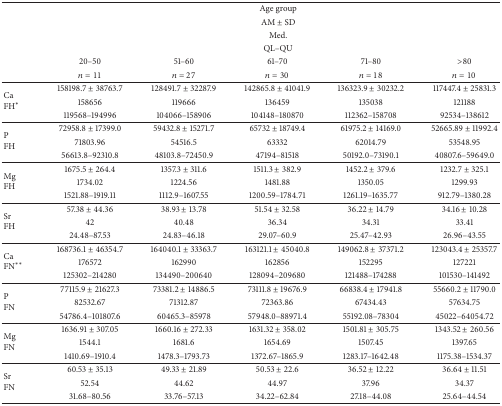
<table><thead><tr><td><b> </b></td><td colspan="5"><b>Age group</b></td></tr><tr><td><b> </b></td><td colspan="5"><b>AM ± SD</b></td></tr><tr><td><b> </b></td><td colspan="5"><b>Med. </b></td></tr><tr><td><b> </b></td><td colspan="5"><b>QL–QU</b></td></tr><tr><td><b> </b></td><td><b>20–50</b></td><td><b>51–60</b></td><td><b>61–70</b></td><td><b>71–80</b></td><td><b>&gt;80</b></td></tr><tr><td><b> </b></td><td><b><i>n</i> = 11</b></td><td><b><i>n</i> = 27</b></td><td><b><i>n</i> = 30</b></td><td><b><i>n</i> = 18</b></td><td><b><i>n</i> = 10</b></td></tr></thead><tbody><tr><td rowspan="3">CaFH<sup><i>∗</i></sup></td><td>158198.7 ± 38763.7</td><td>128491.7 ± 32287.9</td><td>142865.8 ± 41041.9</td><td>136323.9 ± 30232.2</td><td>117447.4 ± 25831.3</td></tr><tr><td>158656 </td><td>119666 </td><td>136459 </td><td>135038 </td><td>121188 </td></tr><tr><td>119568–194996</td><td>104066–158906</td><td>104148–180870</td><td>112362–158708</td><td>92534–138612</td></tr><tr><td rowspan="3">P FH</td><td>72958.8 ± 17399.0</td><td>59432.8 ± 15271.7</td><td>65732 ± 18749.4</td><td>61975.2 ± 14169.0</td><td>52665.89 ± 11992.4</td></tr><tr><td>71803.96 </td><td>54516.5 </td><td>63332 </td><td>62014.79 </td><td>53548.95 </td></tr><tr><td>56613.8–92310.8</td><td>48103.8–72450.9</td><td>47194–81518</td><td>50192.0–73190.1</td><td>40807.6–59649.0</td></tr><tr><td rowspan="3">Mg FH</td><td>1675.5 ± 264.4</td><td>1357.3 ± 311.6</td><td>1511.3 ± 382.9</td><td>1452.2 ± 379.6</td><td>1232.7 ± 325.1</td></tr><tr><td>1734.02 </td><td>1224.56 </td><td>1481.88 </td><td>1350.05 </td><td>1299.93 </td></tr><tr><td>1521.88–1919.11</td><td>1112.9–1607.55</td><td>1200.59–1784.71</td><td>1261.19–1635.77</td><td>912.79–1380.28</td></tr><tr><td rowspan="3">Sr FH</td><td>57.38 ± 44.36</td><td>38.93 ± 13.78</td><td>51.54 ± 32.58</td><td>36.22 ± 14.79</td><td>34.16 ± 10.28</td></tr><tr><td>42 </td><td>40.48 </td><td>36.34 </td><td>34.31 </td><td>33.41 </td></tr><tr><td>24.48–87.53</td><td>24.83–46.18</td><td>29.07–60.9</td><td>25.47–42.93</td><td>26.96–43.55</td></tr><tr><td rowspan="3">Ca FN<sup><i>∗∗</i></sup></td><td>168736.1 ± 46354.7</td><td>164040.1 ± 33363.7</td><td>163121.1 ± 45040.8</td><td>149062.8 ± 37371.2</td><td>123043.4 ± 25357.7</td></tr><tr><td>176572 </td><td>162990 </td><td>162856 </td><td>152295 </td><td>127221 </td></tr><tr><td>125302–214280</td><td>134490–200640</td><td>128094–209680</td><td>121488–174288</td><td>101530–141492</td></tr><tr><td rowspan="3">P FN</td><td>77115.9 ± 21627.3</td><td>73381.2 ± 14886.5</td><td>73111.8 ± 19676.9</td><td>66838.4 ± 17941.8</td><td>55660.2 ± 11790.0</td></tr><tr><td>82532.67 </td><td>71312.87 </td><td>72363.86 </td><td>67434.43 </td><td>57634.75 </td></tr><tr><td>54786.4–101807.6</td><td>60465.3–85978</td><td>57948.0–88971.4</td><td>55192.08–78304</td><td>45022–64054.72</td></tr><tr><td rowspan="3">Mg FN</td><td>1636.91 ± 307.05</td><td>1660.16 ± 272.33</td><td>1631.32 ± 358.02</td><td>1501.81 ± 305.75</td><td>1343.52 ± 260.56</td></tr><tr><td>1544.1 </td><td>1681.6 </td><td>1654.69 </td><td>1507.45 </td><td>1397.65 </td></tr><tr><td>1410.69–1910.4</td><td>1478.3–1793.73</td><td>1372.67–1865.9</td><td>1283.17–1642.48</td><td>1175.38–1534.37</td></tr><tr><td rowspan="3">Sr FN</td><td>60.53 ± 35.13</td><td>49.33 ± 21.89</td><td>50.53 ± 22.6</td><td>36.52 ± 12.22</td><td>36.64 ± 11.51</td></tr><tr><td>52.54 </td><td>44.62 </td><td>44.97 </td><td>37.96 </td><td>34.37 </td></tr><tr><td>31.68–80.56</td><td>33.76–57.13</td><td>34.22–62.84</td><td>27.18–44.08</td><td>25.64–44.54</td></tr></tbody></table>